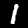
Label: 1